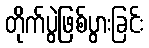
တိုက်ပွဲဖြစ်ပွားခြင်း